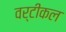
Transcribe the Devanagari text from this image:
वर्टीकल